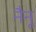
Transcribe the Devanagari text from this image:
नैनू